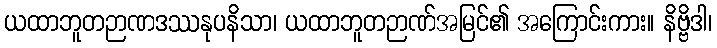
ယထာဘူတဉာဏဒဿနုပနိသာ၊ ယထာဘူတဉာဏ်အမြင်၏ အကြောင်းကား။ နိဗ္ဗိဒါ၊